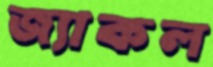
জ্যাকল